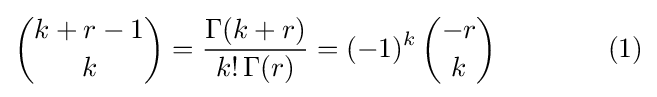
{k+r-1 \choose k}={\frac {\Gamma (k+r)}{k!\,\Gamma (r)}}=(-1)^{k}\,{-r \choose k}\qquad \qquad (1)